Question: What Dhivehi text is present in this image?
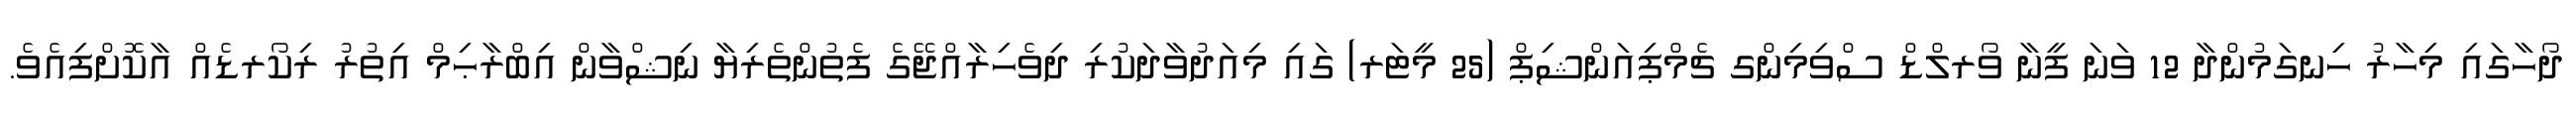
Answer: ދޯހާގައި މިހާރު ހިނގަމުންދާ 12 ވަނަ ފީނާ ވޯރލްޑް ސްވިމިންގ ޗެމްޕިއަންޝިޕް (25 މީޓަރ) ގައި މިއަދުވާދަކުރި ދިވެހިރާއްޖޭގެ ފެތުންތެރިޔާ ނިޝްވާން އިބްރާޙިމް އިތުރު ރިކޯރޑެއް އާކޮށްފިއެވެ.